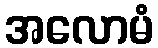
အလောမံ